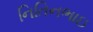
નિતિનભાઇ